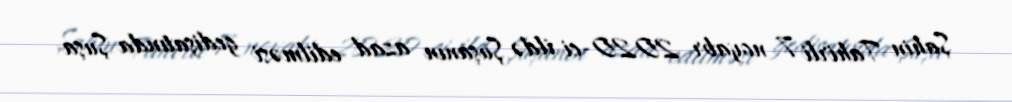
Şahin Tahirli 7 noyabr 2020-ci ildə Şuşanın azad edilməsi gedişatında Şuşa